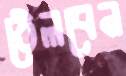
ঠেলবেন